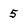
Character: 5